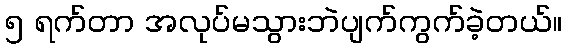
၅ ရက်တာ အလုပ်မသွားဘဲပျက်ကွက်ခဲ့တယ်။